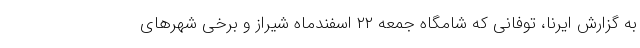
به گزارش ایرنا، توفانی که شامگاه جمعه ۲۲ اسفندماه شیراز و برخی شهرهای